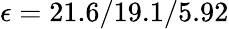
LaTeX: \epsilon=21.6/19.1/5.92